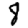
Digit: 8